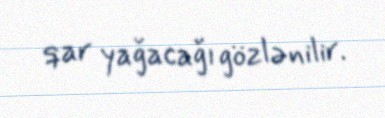
qar yağacağı gözlənilir.